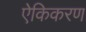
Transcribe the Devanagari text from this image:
ऐकिकरण